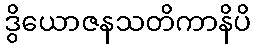
ဒွိယောဇနသတိကာနိပိ